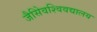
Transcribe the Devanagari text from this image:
जैसेिवश्विवद्यालय